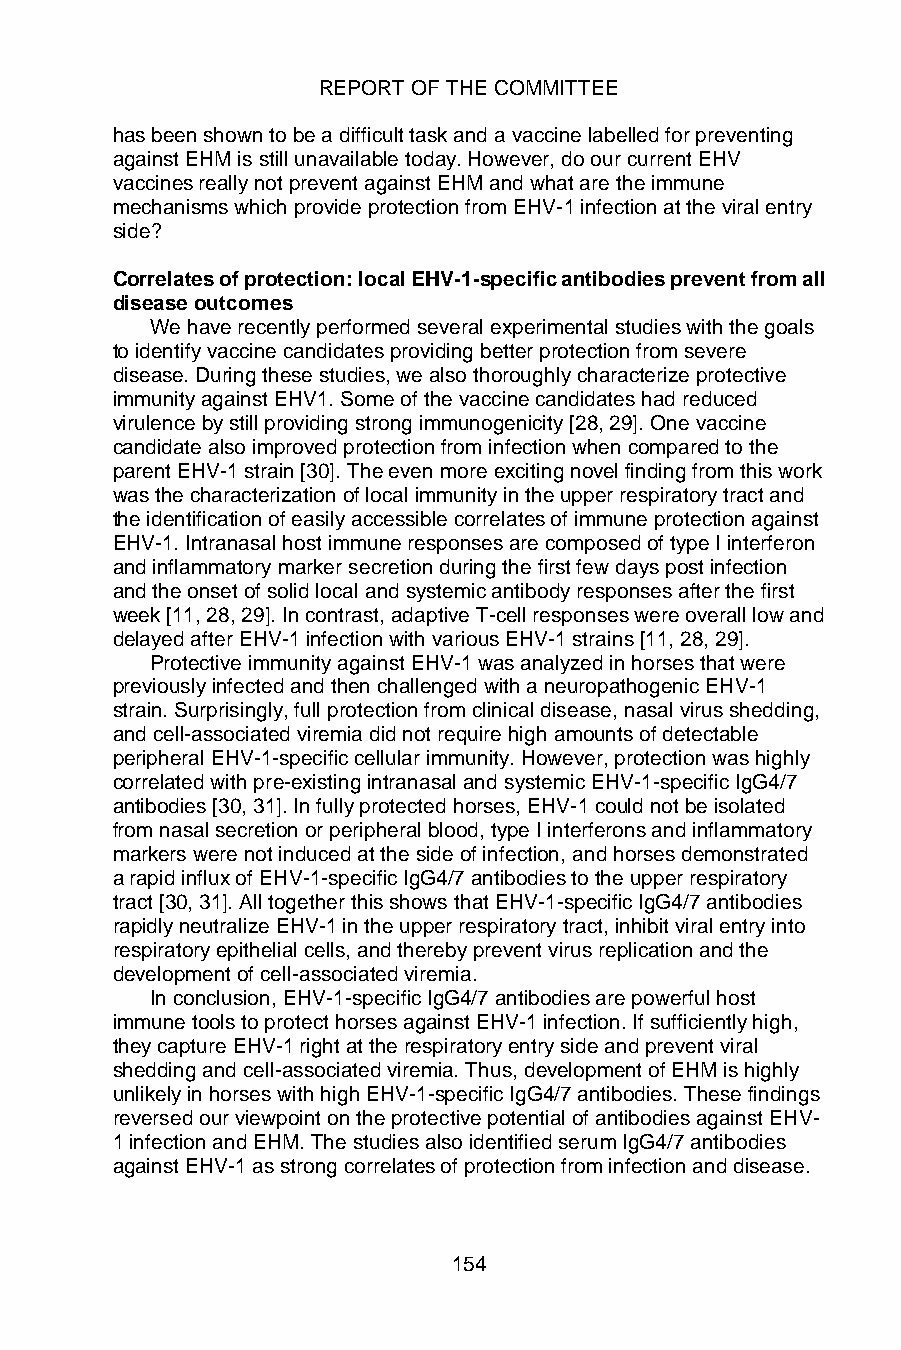
REPORT OF THE COMMITTEE
 has been shown to be a difficult task and a vaccine labelled for preventing
 against EHM is still unavailable today. However, do our current EHV
 vaccines really not prevent against EHM and what are the immune
 mechanisms which provide protection from EHV-1 infection at the viral entry
 side?
 Correlates of protection: local EHV-1-specific antibodies prevent from all
 disease outcomes
 We have recently performed several experimental studies with the goals
 to identify vaccine candidates providing better protection from severe
 disease. During these studies, we also thoroughly characterize protective
 immunity against EHV1. Some of the vaccine candidates had reduced
 virulence by still providing strong immunogenicity [28, 29]. One vaccine
 candidate also improved protection from infection when compared to the
 parent EHV-1 strain [30]. The even more exciting novel finding from this work
 was the characterization of local immunity in the upper respiratory tract and
 the identification of easily accessible correlates of immune protection against
 EHV-1. Intranasal host immune responses are composed of type I interferon
 and inflammatory marker secretion during the first few days post infection
 and the onset of solid local and systemic antibody responses after the first
 week [11, 28, 29]. In contrast, adaptive T-cell responses were overall low and
 delayed after EHV-1 infection with various EHV-1 strains [11, 28, 29].
 Protective immunity against EHV-1 was analyzed in horses that were
 previously infected and then challenged with a neuropathogenic EHV-1
 strain. Surprisingly, full protection from clinical disease, nasal virus shedding,
 and cell-associated viremia did not require high amounts of detectable
 peripheral EHV-1-specific cellular immunity. However, protection was highly
 correlated with pre-existing intranasal and systemic EHV-1-specific IgG4/7
 antibodies [30, 31]. In fully protected horses, EHV-1 could not be isolated
 from nasal secretion or peripheral blood, type I interferons and inflammatory
 markers were not induced at the side of infection, and horses demonstrated
 a rapid influx of EHV-1-specific IgG4/7 antibodies to the upper respiratory
 tract [30, 31]. All together this shows that EHV-1-specific IgG4/7 antibodies
 rapidly neutralize EHV-1 in the upper respiratory tract, inhibit viral entry into
 respiratory epithelial cells, and thereby prevent virus replication and the
 development of cell-associated viremia.
 In conclusion, EHV-1-specific IgG4/7 antibodies are powerful host
 immune tools to protect horses against EHV-1 infection. If sufficiently high,
 they capture EHV-1 right at the respiratory entry side and prevent viral
 shedding and cell-associated viremia. Thus, development of EHM is highly
 unlikely in horses with high EHV-1-specific IgG4/7 antibodies. These findings
 reversed our viewpoint on the protective potential of antibodies against EHV-
 1 infection and EHM. The studies also identified serum IgG4/7 antibodies
 against EHV-1 as strong correlates of protection from infection and disease.
 154